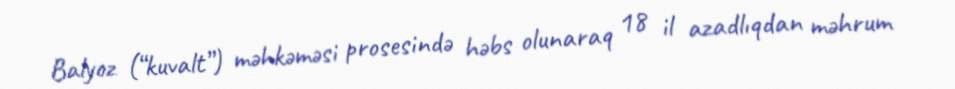
Balyoz (“kuvalt”) məhkəməsi prosesində həbs olunaraq 18 il azadlıqdan məhrum